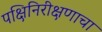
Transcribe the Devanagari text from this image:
पक्षिनिरीक्षणाचा